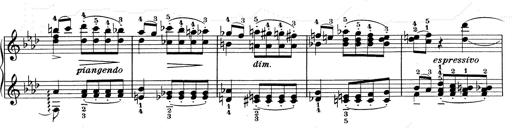
Title: Weinen, Klagen, Sorgen, Zagen
Composer: Franz Liszt